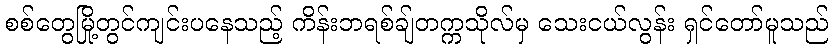
စစ်တွေမြို့တွင်ကျင်းပနေသည့် ကိန်းဘရစ်ချ်တက္ကသိုလ်မှ သေးငယ်လွန်း ရှင်တော်မူသည်